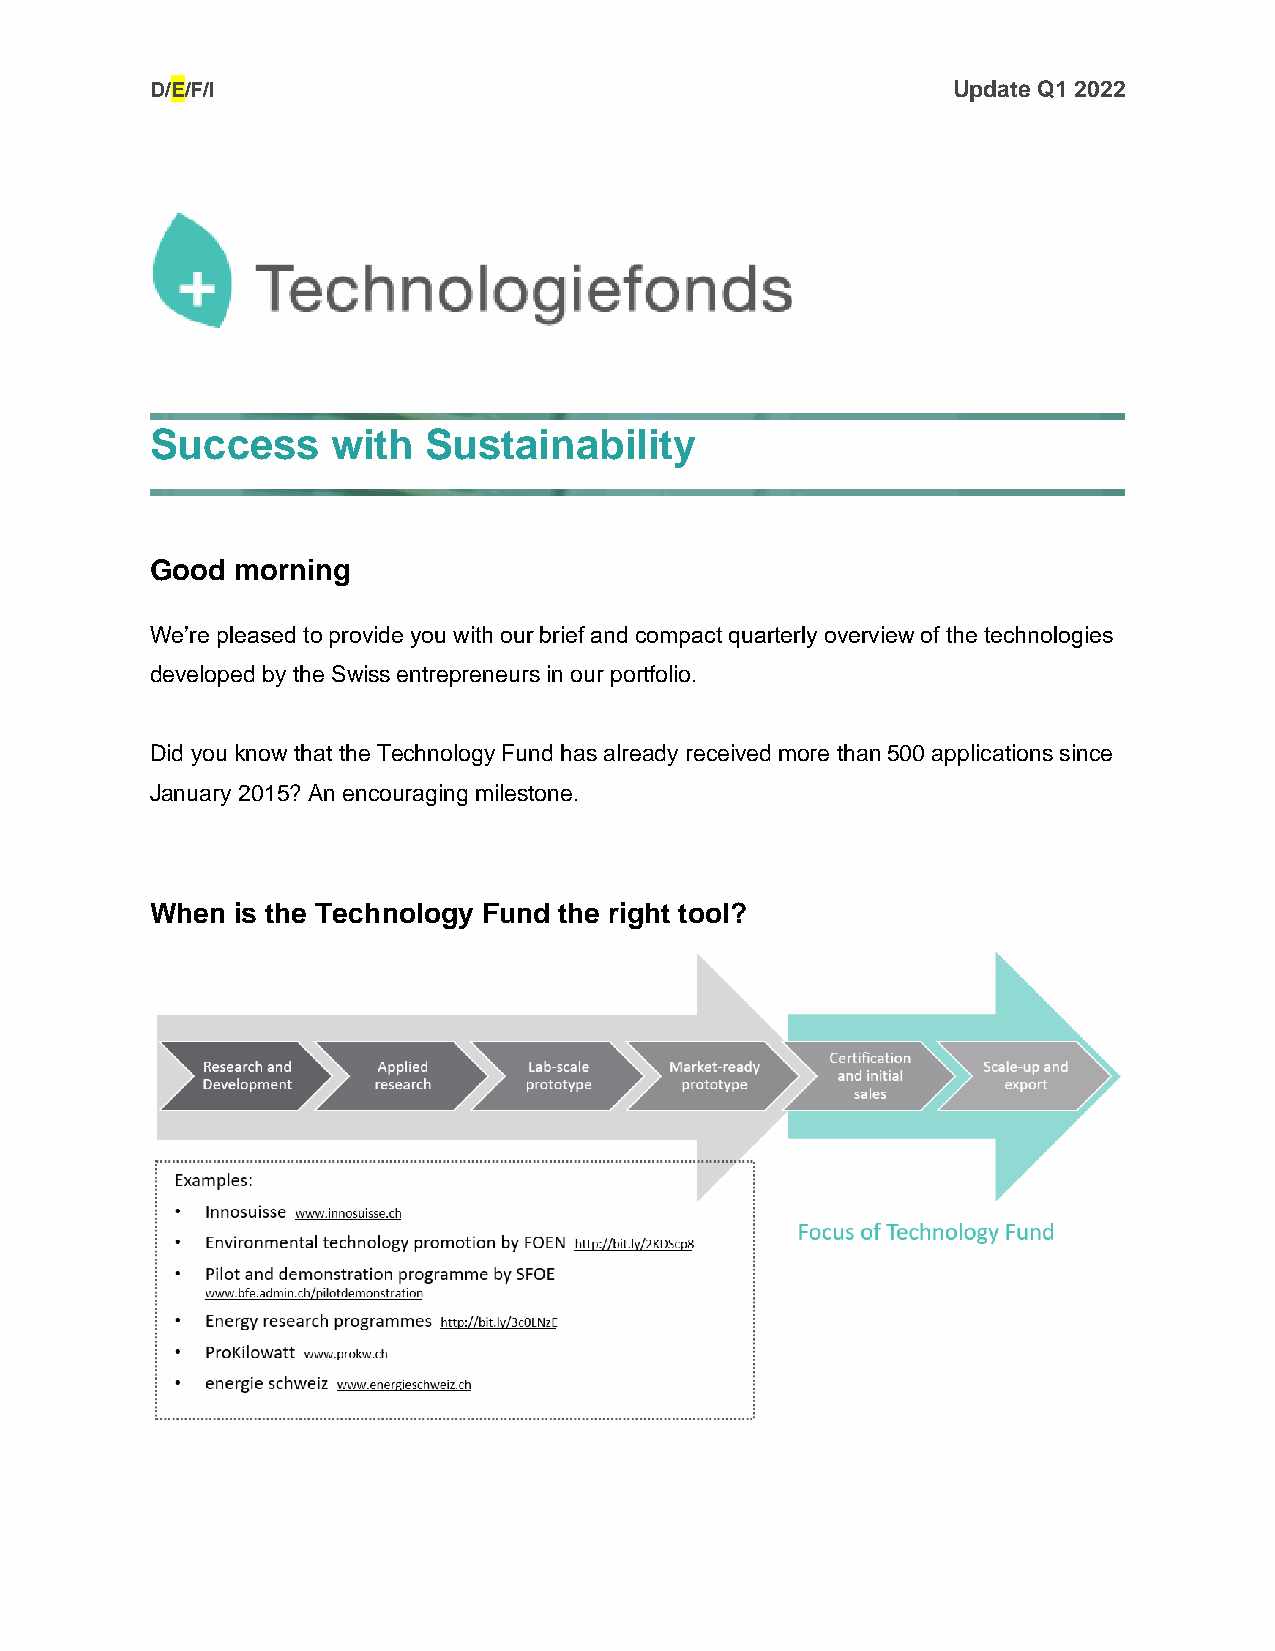
D/E/F/I                                              Update Q1 2022
 Success     with  Sustainability
 Good  morning
 We’re pleased to provide you with our brief and compact quarterly overview of the technologies
 developed by the Swiss entrepreneurs in our portfolio.
 Did you know that the Technology Fund has already received more than 500 applications since
 January 2015? An encouraging milestone.
 When  is the Technology Fund the right tool?